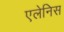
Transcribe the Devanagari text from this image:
एलेनिस